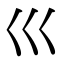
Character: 巛